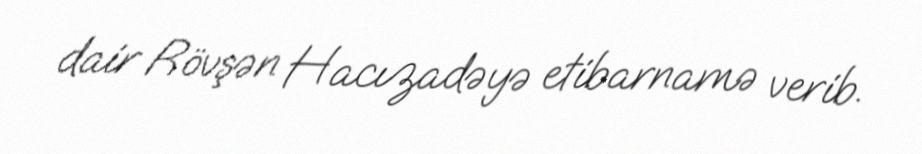
dair Rövşən Hacızadəyə etibarnamə verib.